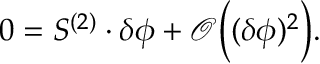
0 = S ^ { ( 2 ) } \cdot \delta \phi + { \mathcal O } \Bigl ( ( \delta \phi ) ^ { 2 } \Bigr ) .